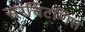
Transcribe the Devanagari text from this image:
सरचिटणिस